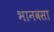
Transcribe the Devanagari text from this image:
भानवसा